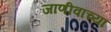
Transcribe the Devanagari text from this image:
जाणीवांच्या